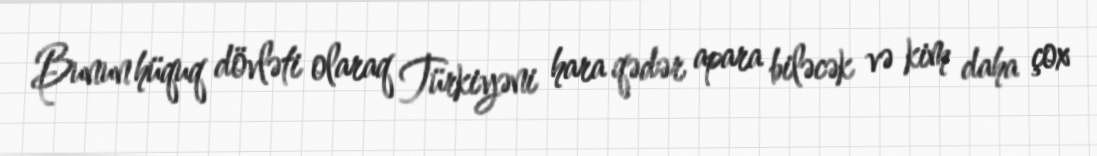
Bunun hüquq dövləti olaraq Türkiyəni hara qədər apara biləcək və kim daha çox